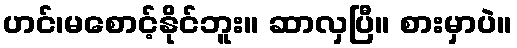
ဟင်၊မစောင့်နိုင်ဘူး။ ဆာလှပြီ။ စားမှာပဲ။